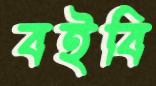
বইবি